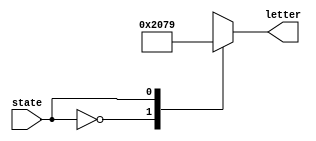
module display(input state, output reg [6:0] letter);
        always @(*) begin
        case(state)                      
        4'b00000: letter= 7'b1000000;
        4'b00001: letter= 7'b1111001;
        4'b00010: letter= 7'b0100100;
        4'b00011: letter= 7'b0110000;
        4'b00100: letter= 7'b0011001;
        4'b00101: letter= 7'b0010010;
        4'b00110: letter= 7'b0000010;
        4'b00111: letter= 7'b1111000;
        4'b01000: letter= 7'b0000000;
        4'b01001: letter= 7'b0010000;
//        4'b01010: letter= 7'b0111111;
//        4'b01011: letter= 7'b1111111;
        endcase
end
endmodule